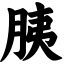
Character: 胰